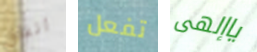
انفاق تفعل ياإلهى